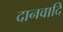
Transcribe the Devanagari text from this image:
दानवादि